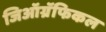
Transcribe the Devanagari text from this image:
जिऑग्रॅफिकल